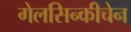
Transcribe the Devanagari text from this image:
गेलसिन्कीचेन